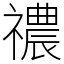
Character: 禯